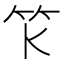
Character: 𥫪